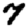
Digit: 7